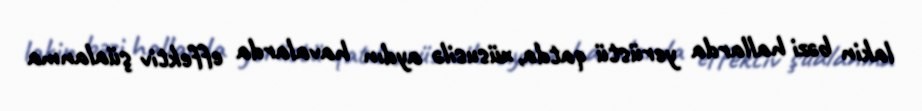
lakin bəzi hallarda yerüstü qatda, xüsusilə aydın havalarda effektiv şüalanma